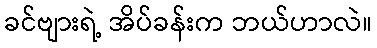
ခင်ဗျားရဲ့ အိပ်ခန်းက ဘယ်ဟာလဲ။